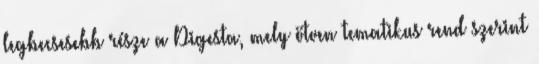
legbecsesebb része a Digesta, mely ötven tematikus rend szerint